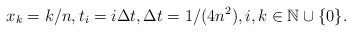
LaTeX: \begin{align*}x_k=k/n, t_i =i \Delta t,\Delta t =1/(4n^2),i,k\in \mathbb{N}\cup\{0\}.\end{align*}